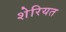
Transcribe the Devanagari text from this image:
शेरियत